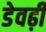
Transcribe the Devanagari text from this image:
डेवढ़ी